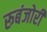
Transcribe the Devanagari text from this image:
रूबंजोरी